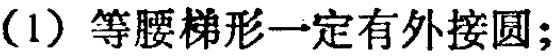
（1）等腰梯形一定有外接圆;